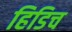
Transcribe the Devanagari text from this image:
हिडिच